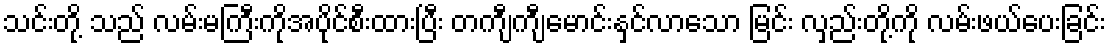
သင်းတို့ သည် လမ်းမကြီးကိုအပိုင်စီးထားပြီး တကျီကျီမောင်းနှင်လာသော မြင်း လှည်းတို့ကို လမ်းဖယ်ပေးခြင်း